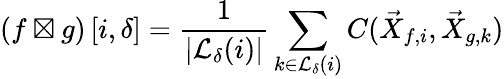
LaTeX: \left(f\boxtimes g\right)\left[i,\delta\right]=\frac{1}{|\mathcal{L}_{\delta}(i)|}\sum_{k\in\mathcal{L}_{\delta}(i)}C(\vec{X}_{f,i},\vec{X}_{g,k})